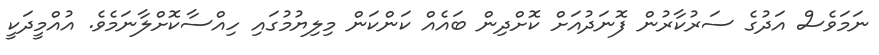
ނަމަވެސް އަދުގެ ސަރުކާރުން ފޮނަދުއަށް ކޮށްދިން ބައެއް ކަންކަން މިލިޔުމުގައި ހިއްސާކޮށްލާނަމެވެ. އުއްމީދަކީ